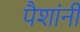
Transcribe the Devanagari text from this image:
पैशांनी